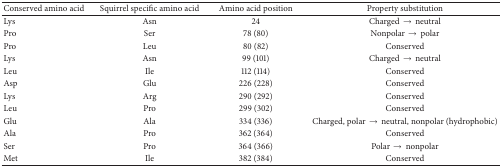
| Conserved amino acid | Squirrel specific amino acid | Amino acid position | Property substitution |
 | --- | --- | --- | --- |
 | Lys | Asn | 24 | Charged → neutral |
 | Pro | Ser | 78 (80) | Nonpolar → polar |
 | Pro | Leu | 80 (82) | Conserved |
 | Lys | Asn | 99 (101) | Charged → neutral |
 | Leu | Ile | 112 (114) | Conserved |
 | Asp | Glu | 226 (228) | Conserved |
 | Lys | Arg | 290 (292) | Conserved |
 | Leu | Pro | 299 (302) | Conserved |
 | Glu | Ala | 334 (336) | Charged, polar → neutral, nonpolar (hydrophobic) |
 | Ala | Pro | 362 (364) | Conserved |
 | Ser | Pro | 364 (366) | Polar → nonpolar |
 | Met | Ile | 382 (384) | Conserved |